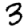
Digit: 3